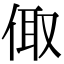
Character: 𠉧